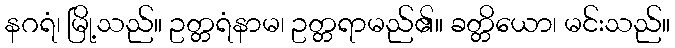
နဂရံ၊ မြို့သည်။ ဥတ္တရံနာမ၊ ဥတ္တရာမည်၏။ ခတ္တိယော၊ မင်းသည်။